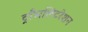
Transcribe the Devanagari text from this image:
ट्राँसलिटरेशन